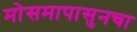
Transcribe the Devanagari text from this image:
मोसमापासुनचा